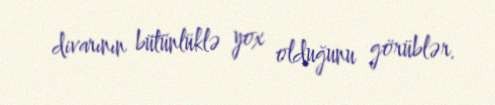
divarının bütünlüklə yox olduğunu görüblər.